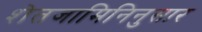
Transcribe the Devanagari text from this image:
शेतजामिनिनुसार